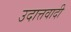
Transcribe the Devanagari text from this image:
उदात्तवादी